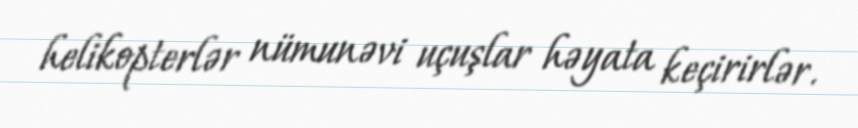
helikopterlər nümunəvi uçuşlar həyata keçirirlər.